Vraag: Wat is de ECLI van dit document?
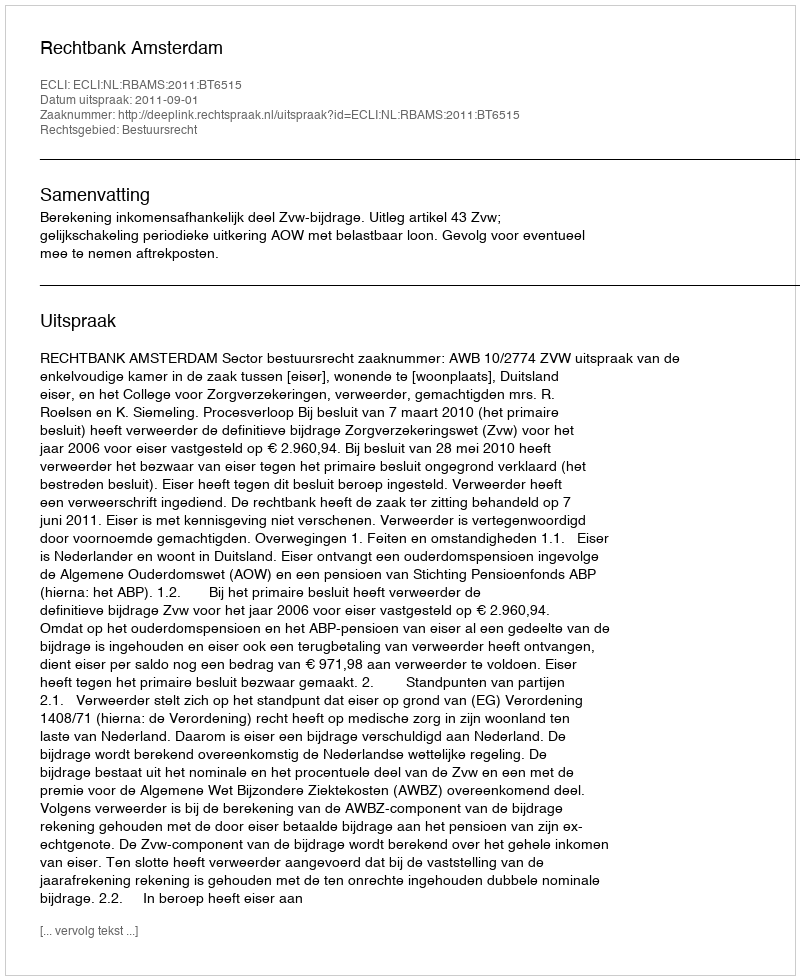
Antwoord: ECLI:NL:RBAMS:2011:BT6515